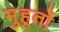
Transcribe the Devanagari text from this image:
मुहूर्तो